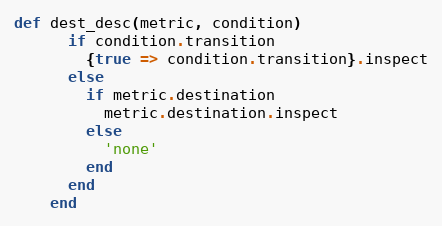
Language: Ruby
def dest_desc(metric, condition)
      if condition.transition
        {true => condition.transition}.inspect
      else
        if metric.destination
          metric.destination.inspect
        else
          'none'
        end
      end
    end